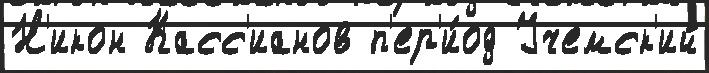
Н'икон Касс'ианов п'ер'и́од Учемск'ий